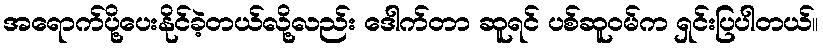
အရောက်ပို့ပေးနိုင်ခဲ့တယ်လို့လည်း ဒေါက်တာ ဆူရင် ပစ်ဆူဝမ်က ရှင်းပြပါတယ်။